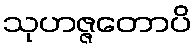
သုဟဇ္ဇတောပိ